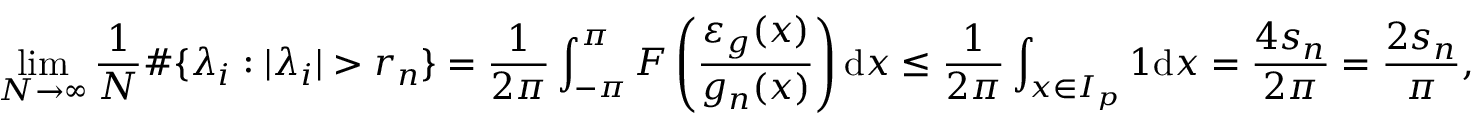
\operatorname* { l i m } _ { N \rightarrow \infty } \frac { 1 } { N } \# \lbrace \lambda _ { i } : \vert \lambda _ { i } \vert > r _ { n } \rbrace = \frac { 1 } { 2 \pi } \int _ { - \pi } ^ { \pi } F \left( \frac { \varepsilon _ { g } ( x ) } { g _ { n } ( x ) } \right) \mathrm { d } x \leq \frac { 1 } { 2 \pi } \int _ { x \in I _ { p } } 1 \mathrm { d } x = \frac { 4 s _ { n } } { 2 \pi } = \frac { 2 s _ { n } } { \pi } ,